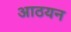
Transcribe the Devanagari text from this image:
आठयन